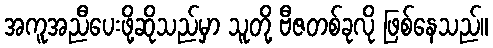
အကူအညီပေးဖို့ဆိုသည်မှာ သူတို့ ဗီဇတစ်ခုလို ဖြစ်နေသည်။